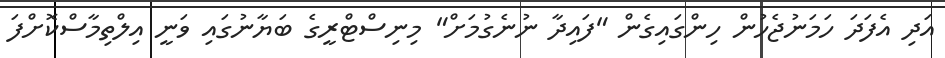
އަދި އެފަދަ ހަމަނުޖެހުން ހިންގައިގެން "ފައިދާ ނުނެގުމަށް" މިނިސްޓްރީގެ ބަޔާނުގައި ވަނީ އިލްތިމާސްކޮށްފަ